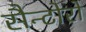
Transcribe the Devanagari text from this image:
सैन्टोरो